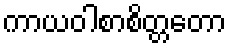
ကာယဝါစာစိတ္တတော